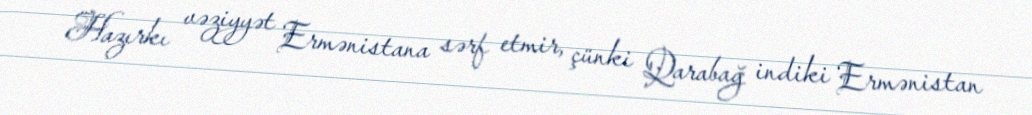
Hazırkı vəziyyət Ermənistana sərf etmir, çünki Qarabağ indiki Ermənistan